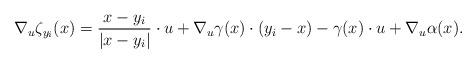
LaTeX: \begin{align*}\nabla_u \zeta_{y_i} (x) = \frac{x-y_i}{|x-y_i|} \cdot u + \nabla_u \gamma(x) \cdot (y_i-x) - \gamma(x)\cdot u + \nabla_u \alpha (x).\end{align*}